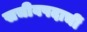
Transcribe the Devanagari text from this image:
सचीवपदाचीं